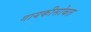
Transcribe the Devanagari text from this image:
गायकीसोबत